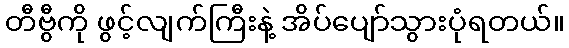
တီဗွီကို ဖွင့်လျက်ကြီးနဲ့ အိပ်ပျော်သွားပုံရတယ်။